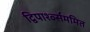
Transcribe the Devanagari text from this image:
द्विपार्श्व्सममित